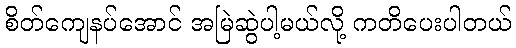
စိတ်ကျေနပ်အောင် အမြဲဆွဲပါ့မယ်လို့ ကတိပေးပါတယ်